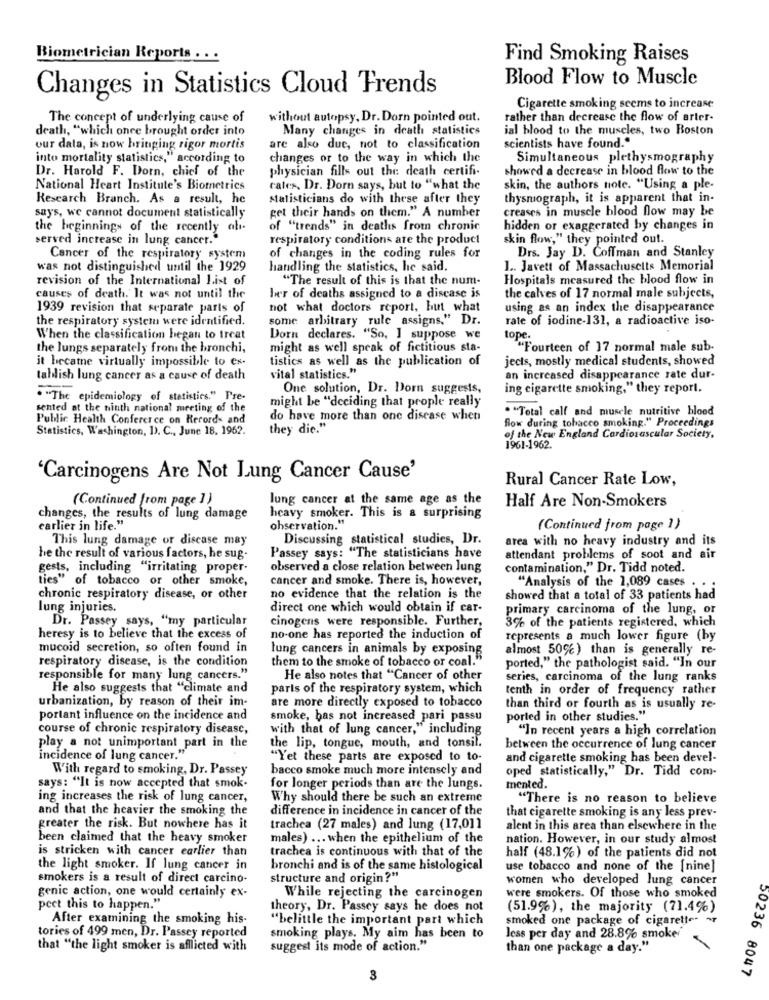
Biometrician Reports . . .
Find Smoking Raises
Blood Flow to Muscle
Changes in Statistics Cloud Trends
Cigarette smoking seems to increase
The concept of underlying cause of
without autopsy, Dr. Dorn pointed out.
rather than decrease the flow of arter-
death, "which onee brought order into
Many changes in death statistics
ial blood to the muscles, two Boston
our data, is now bringing rigor mortis
are also due, not to classification
scientists have found."
into mortality statistics," according to
changes or to the way in which the
Simultaneous plethysmography
physician fills out the death certifi.
showed a decrease in blood flow to the
Dr. Harold F. Dorn, chief of the
National Heart Institute's Biometrics
cates, Dr. Dorn says, but to "what the
skin, the authors note. "Using a ple-
Research Branch. As a result, he
Matisticians do with these after they
thysmograph, it is apparent that in-
creases in muscle blood flow may be
says, we cannot document statistically
get their hands on them." A number
the beginning of the recently abs.
of "trends" in deaths from chronic
hidden or exaggerated by changes in
served increase in lung cancer."
respiratory conditions are the product
skin flow," they pointed out.
Drs. Jay D. Coffman and Stanley
Cancer of the respiratory system
of changes in the coding rules for
was not distinguished until the 1929
handling the statistics, he said.
1 .. Javett of Massachusetts Memorial
revision of the International 1.ist of
"The result of this is that the num-
Hospitals measured the blood flow in
causes of death. It was not until the
ber of deaths assigned to a disease is
the calves of 17 normal male subjects,
1939 revision that separate parts of
not what doctors report, but what
using as an index the disappearance
the respiratory system were identified.
some arbitrary rule assigns," Dr.
rate of iodine-131, a radioactive iso-
When the classification began to treat
Dorn declares. "So, I suppose we
tope.
the lungs separately from the bronchi,
might as well speak of fictitious sta-
"Fourteen of 17 normal male sub-
it becatne virtually impossible to ex-
tistics as well as the publication of
jects, mostly medical students, showed
tablish lung cancer as a cause of death
vital statistics."
an increased disappearance rate dur-
One solution, Dr. Dorn suggests,
ing cigarette smoking," they report.
. "The epidemiology of statistics." Pre-
might be "deciding that people really
sented at the ninth national meeting of the
. "Total calf and muscle nutritive blood
Public Health Conference on Records and
do have more than one disease when
flow during tobacco smoking." Proceedings
Statistics, Washington, D. C ., June 18, 1962.
they die."
of the New England Cardiovascular Society,
1961-1962.
'Carcinogens Are Not Lung Cancer Cause'
Rural Cancer Rate Low,
(Continued [rom page ])
lung cancer at the same age as the
Half Are Non-Smokers
changes, the results of lung damage
heavy smoker. This is a surprising
earlier in life."
observation."
(Continued from page 1)
This lung damage or discase may
Discussing statistical studies, Dr.
area with no heavy industry and its
be the result of various factors, he sug.
Passey says: "The statisticians have
attendant problems of soot and air
gests, including "irritating proper-
observed a close relation between lung
contamination," Dr. Tidd noted.
ties" of tobacco or other smoke,
cancer and smoke. There is, however,
"Analysis of the 1,089 cases . .
chronic respiratory disease, or other
no evidence that the relation is the
showed that a total of 33 patients had
lung injuries.
direct one which would obtain if car-
primary carcinoma of the lung, or
Dr. Passey says, "my particular
cinogens were responsible. Further,
3% of the patients registered, which
heresy is to believe that the excess of
no-one has reported the induction of
represents a much lower figure (by
mucoid secretion, so often found in
lung cancers in animals by exposing
almost 50%) than is generally re-
respiratory disease, is the condition
them to the smoke of tobacco or coal."
ported," the pathologist said. "In our
responsible for many lung cancers."
He also notes that "Cancer of other
series, carcinoma of the lung ranks
He also suggests that "climate and
parts of the respiratory system, which
tenth in order of frequency rather
urbanization, by reason of their im-
are more directly exposed to tobacco
than third or fourth as is usually re-
portant influence on the incidence and
smoke, has not increased pari passu
ported in other studies."
course of chronic respiratory disease,
with that of lung cancer," including
"In recent years a high correlation
play a not unimportant part in the
the lip, tongue, mouth, and tonsil.
between the occurrence of lung cancer
incidence of lung cancer."
"Yet these parts are exposed to to-
and cigarette smoking has been devel-
With regard to smoking, Dr. Passey
bacco smoke much more intensely and
oped statistically," Dr. Tidd com.
says: "It is now accepted that smok-
for longer periods than are the lungs.
mented.
ing increases the risk of lung cancer,
Why should there be such an extreme
"There is no reason to believe
and that the heavier the smoking the
difference in incidence in cancer of the
that cigarette smoking is any less prev-
greater the risk. But nowhere has it
trachea (27 males) and lung (17,011
alent in this area than elsewhere in the
been claimed that the heavy smoker
males) ... when the epithelium of the
nation. However, in our study almost
is stricken with cancer earlier than
trachea is continuous with that of the
half (48.1%) of the patients did not
the light smoker. If lung cancer in
bronchi and is of the same histological
use tobacco and none of the [nine]
smokers is a result of direct carcino-
structure and origin?"
women who developed lung cancer
genic action, one would certainly ex-
While rejecting the carcinogen
were smokers. Of those who smoked
peet this to happen."
theory, Dr. Passey says he does not
(51.9%), the majority (71.4%)
After examining the smoking his-
"belittle the important part which
smoked one package of cigarettes ~
tories of 499 men, Dr. Passey reported
smoking plays. My aim has been to
less per day and 28.8% smoke
that "the light smoker is afflicted with
suggest its mode of action."
than one package a day."
50236 8047
3